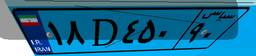
۳۰D۷۱۰۸۰